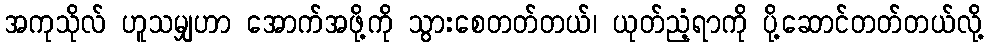
အကုသိုလ် ဟူသမျှဟာ အောက်အဖို့ကို သွားစေတတ်တယ်၊ ယုတ်ညံ့ရာကို ပို့ဆောင်တတ်တယ်လို့